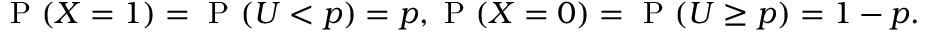
{ \textrm { P } } ( X = 1 ) = { \textrm { P } } ( U < p ) = p , { \textrm { P } } ( X = 0 ) = { \textrm { P } } ( U \geq p ) = 1 - p .